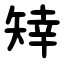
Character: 䂔